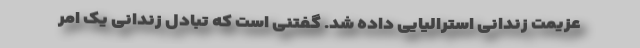
عزیمت زندانی استرالیایی داده شد. گفتنی است که تبادل زندانی یک امر